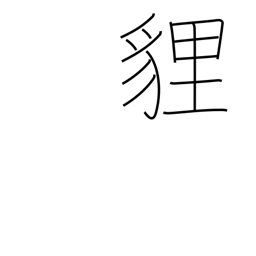
Meaning: a fox-like animal